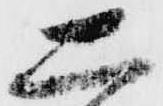
二